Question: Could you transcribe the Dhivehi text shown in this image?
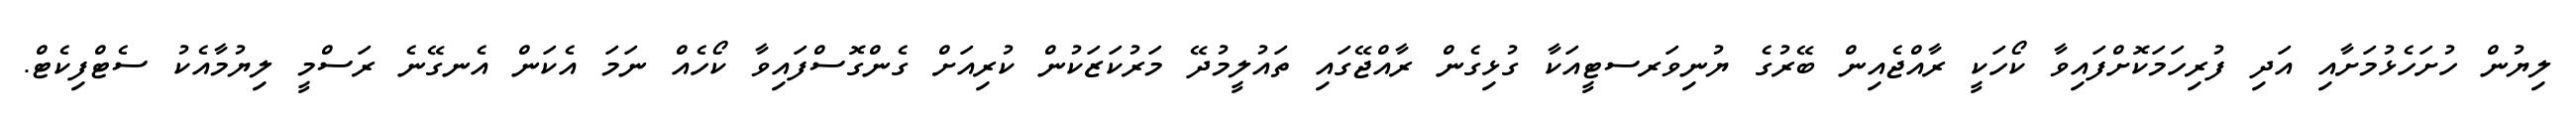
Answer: ލިޔުން ހުށަހެޅުމަށާއި އަދި ފުރިހަމަކޮށްފައިވާ ކޯހަކީ ރާއްޖެއިން ބޭރުގެ ޔުނިވަރސޓީއަކާ ގުޅިގެން ރާއްޖޭގައި ތައުލީމުދޭ މަރުކަޒަކުން ކުރިއަށް ގެންގޮސްފައިވާ ކޯހެއް ނަމަ އެކަން އެނގޭނެ ރަސްމީ ލިޔުމާއެކު ސެޓްފިކެޓް.